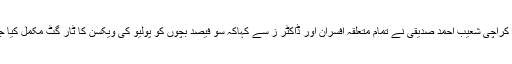
کمشنر کراچی شعیب احمد صدیقی نے تمام متعلقہ افسران اور ڈاکٹر ز سے کہاکہ سو فیصد بچوں کو پولیو کی ویکسن کا ٹار گٹ مکمل کیا جا ئے ۔